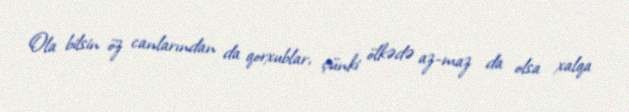
Ola bilsin öz canlarından da qorxublar, çünki ölkədə az-maz da olsa xalqa